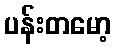
ပန်းတမော့